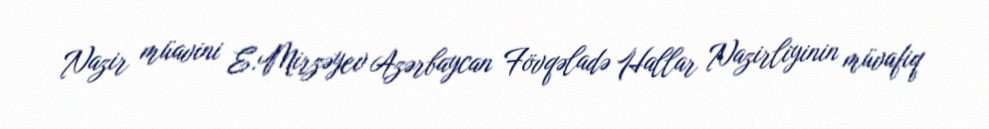
Nazir müavini E.Mirzəyev Azərbaycan Fövqəladə Hallar Nazirliyinin müvafiq